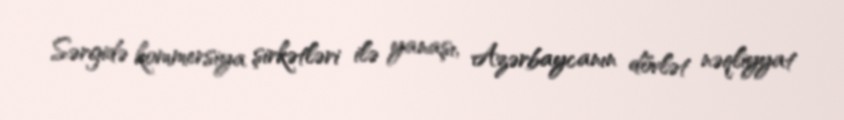
Sərgidə kommersiya şirkətləri ilə yanaşı, Azərbaycanın dövlət nəqliyyat